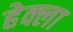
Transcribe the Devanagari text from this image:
हेक्ला